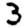
Digit: 3